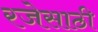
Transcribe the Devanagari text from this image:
रजेसाठी